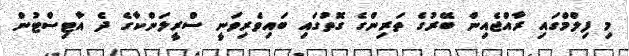
މި ފިލްމްގައި ރާއްޖެއިން ބޭރުގެ ތަރިންގެ ގޮތުގައި ބައިވެރިވަނީ ސްރީލަންކާގެ ދެ އާޓިސްޓުން